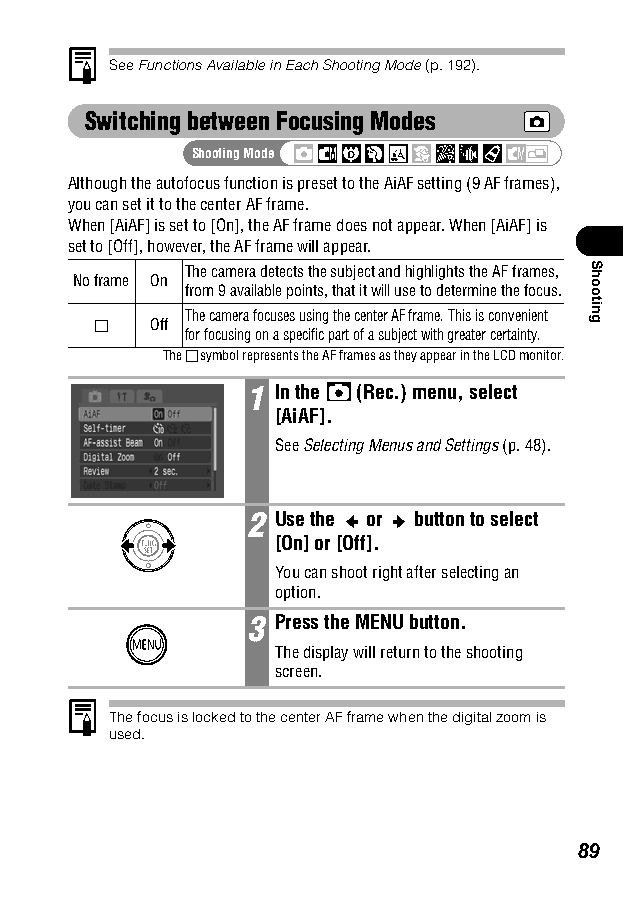
SeeFunctions Available in Each Shooting Mode (p. 192).
 Switching between Focusing Modes
 Shooting Mode
 Although the autofocus function is preset to the AiAF setting (9 AF frames),
 you can set it to the center AF frame.
 When [AiAF] is set to [On], the AF frame does not appear. When [AiAF] is
 set to [Off], however, the AF frame will appear.
 The camera detects the subject and highlights the AF frames,
 No frame On
 from 9 available points, that it will use to determine the focus.
 The camera focuses using the center AF frame. This is convenient
 Off
 for focusing on a specific part of a subject with greater certainty.
 The symbol represents the AF frames as they appear in the LCD monitor.
 1 In the (Rec.) menu, select
 [AiAF].
 SeeSelecting Menus and Settings (p. 48).
 2 Use the or button to select
 [On] or [Off].
 You can shoot right after selecting an
 option.
 3 Press the MENU button.
 The display will return to the shooting
 screen.
 The focus is locked to the center AF frame when the digital zoom is
 used.
 89
 Shooting